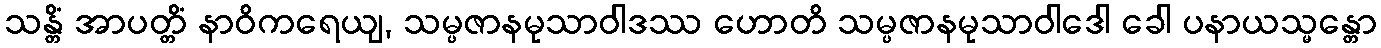
သန္တိံ အာပတ္တိံ နာဝိကရေယျ, သမ္ပဇာနမုသာဝါဒဿ ဟောတိ သမ္ပဇာနမုသာဝါဒေါ ခေါ ပနာယသ္မန္တော